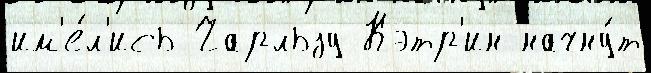
им'е́л'ись Чарльзу Кэтр'ин начну́т